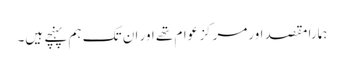
ہمارا مقصد اورمرکز عوام تھے اور ان تک ہم پہنچے ہیں۔